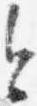
今